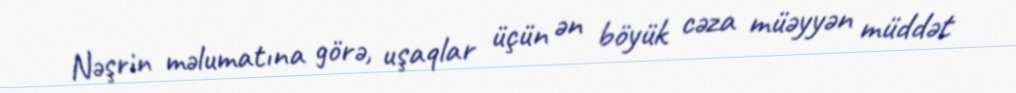
Nəşrin məlumatına görə, uşaqlar üçün ən böyük cəza müəyyən müddət